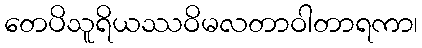
တေပိသူရိယဿဝိမလတာဝါတာရကာ၊